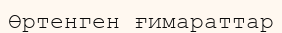
Өртенген ғимараттар